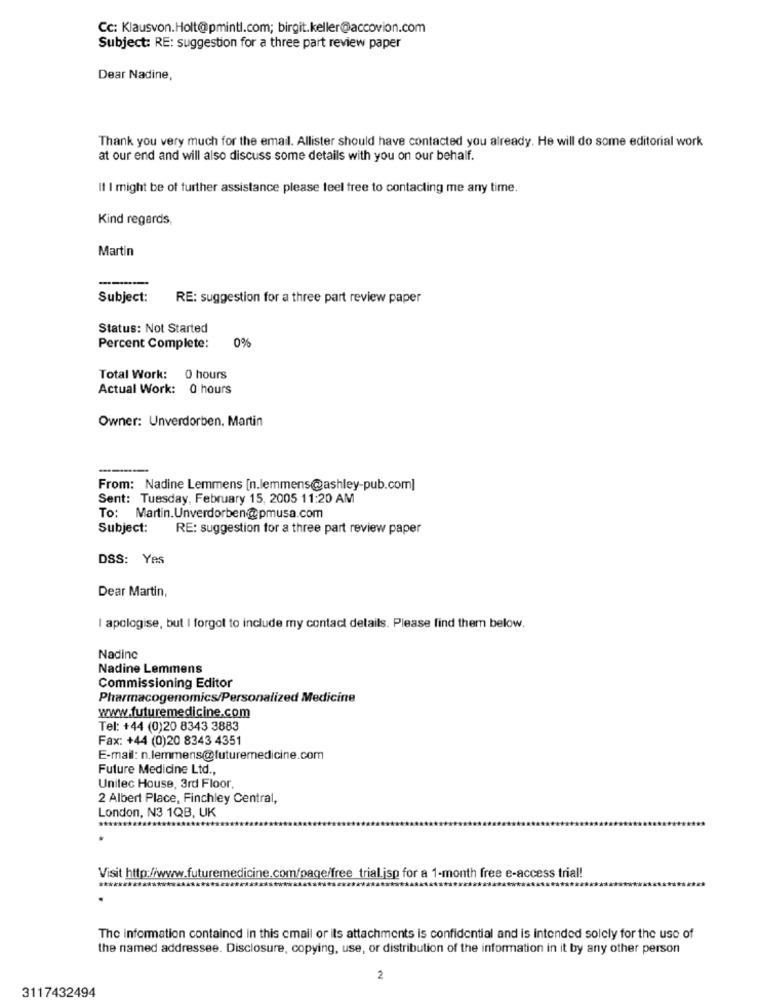
Cc: Klausvon.Holt@pmintl.com; birgit.keller@accovion.com
Subject: RE: suggestion for a three part review paper
Dear Nadine,
Thank you very much for the email. Allister should have contacted you already. He will do some editorial work
at our end and will also discuss some details with you on our behalf.
Il I might be of further assistance please feel free to contacting me any time.
Kind regards,
Martin
----
Subject:
RE: suggestion for a three part review paper
Status: Not Started
0%
Percent Complete:
Total Work: 0 hours
Actual Work: 0 hours
Owner: Unverdorben. Martin
------
From: Nadine Lemmens [n.lemmens@ashley-pub.com]
Sent: Tuesday, February 15, 2005 11:20 AM
To: Martin. Unverdorben@pmusa.com
Subject:
RE: suggestion for a three part review paper
DSS: Yes
Dear Martin,
I apologise, but I forgot to include my contact details. Please find them below.
Nadinc
Nadine Lemmens
Commissioning Editor
Pharmacogenomics/Personalized Medicine
www.futuremedicine.com
Tel: +44 (0)20 8343 3883
Fax: +44 (0)20 8343 4351
E-mail: n.lemmens@futuremedicine.com
Future Medicine Ltd .,
Unitec House, 3rd Floor,
2 Albert Place, Finchley Central,
London, N3 1QB, UK
Visit http://www.futuremedicine.com/page/free trial.jsp for a 1-month free e-access trial!
The information contained in this email or its attachments is confidential and is intended solely for the use of
the named addressee. Disclosure, copying, use, or distribution of the information in it by any other person
2
3117432494